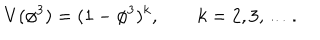
V ( \phi ^ { 3 } ) = ( 1 - \phi ^ { 3 } ) ^ { k } , \qquad k = 2 , 3 , \ldots .